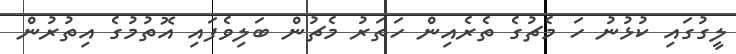
ލީގުގައި ކުޅުނު ހަ މެޗުގެ ތެރެއިން ހަތަރު މެޗުން ބަލިވެފައި އޮތުމުގެ އިތުރުން